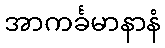
အာကင်္ခမာနာနံ